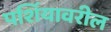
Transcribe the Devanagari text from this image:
पर्शियावरील